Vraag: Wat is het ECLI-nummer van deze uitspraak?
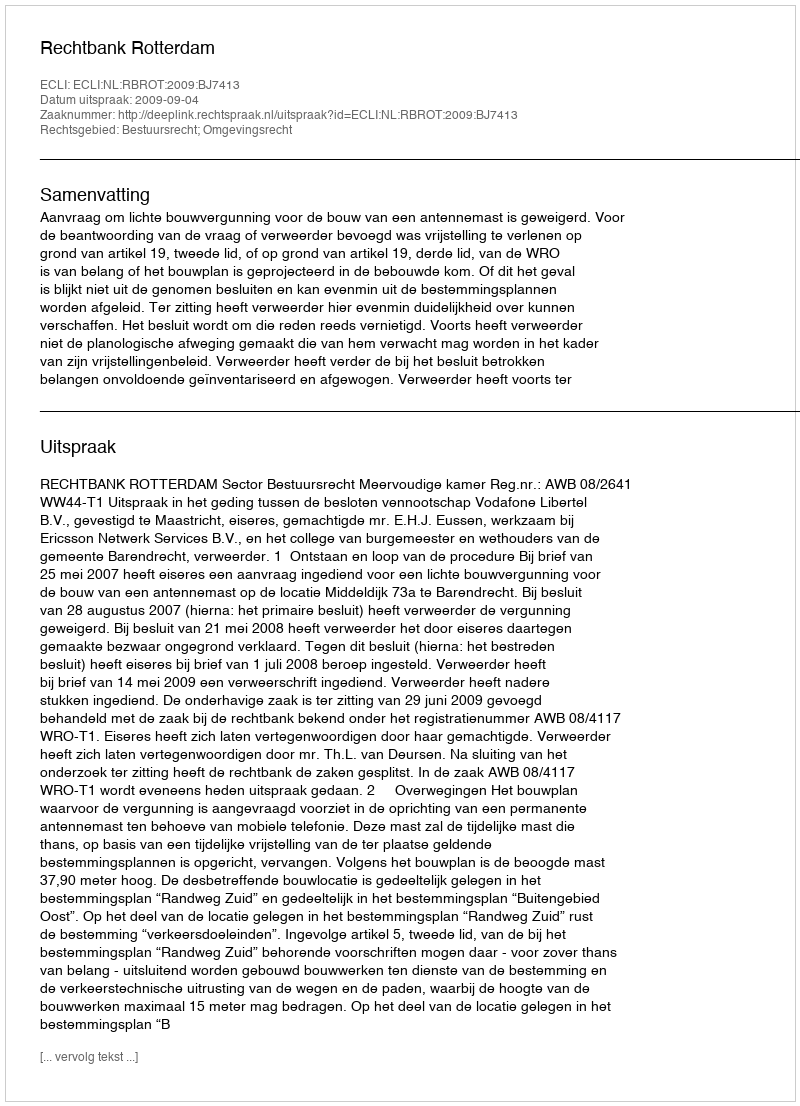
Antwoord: ECLI:NL:RBROT:2009:BJ7413